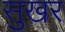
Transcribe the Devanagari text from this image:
सुखर